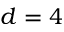
d = 4